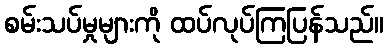
စမ်းသပ်မှုများကို ထပ်လုပ်ကြပြန်သည်။